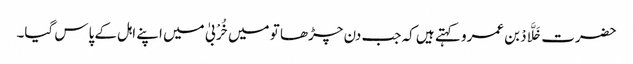
حضرت خَلَّادْ بن عمرو کہتے ہیں کہ جب دن چڑھا تو میں خُرْبیٰ میں اپنے اہل کے پاس گیا۔